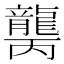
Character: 𱌾